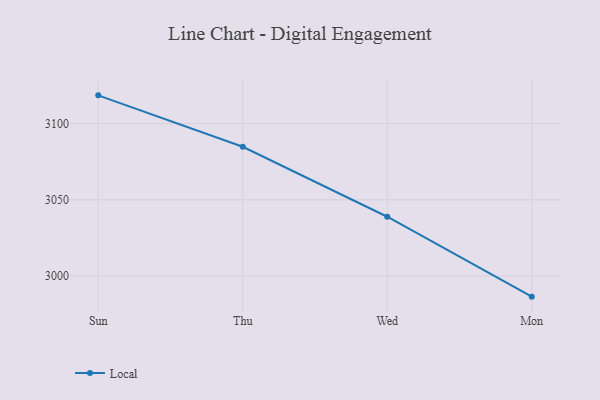
{"axis": {"x": "Day", "y": "LTV (USD)"}, "legend": ["Local"], "data": [{"x": "Sun", "y": 3118.5, "type": "Local"}, {"x": "Thu", "y": 3084.8, "type": "Local"}, {"x": "Wed", "y": 3038.9, "type": "Local"}, {"x": "Mon", "y": 2986.5, "type": "Local"}]}